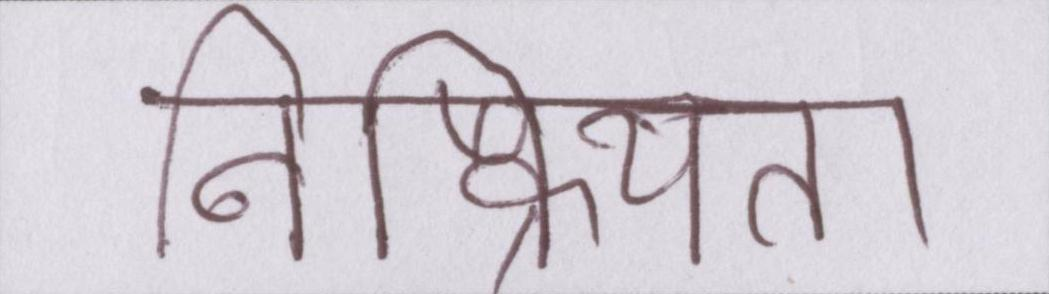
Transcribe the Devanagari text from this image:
निष्क्रियता